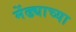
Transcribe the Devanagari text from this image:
मेंढ्याच्या